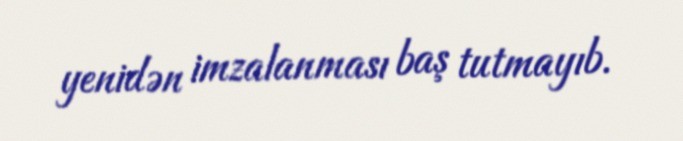
yenidən imzalanması baş tutmayıb.